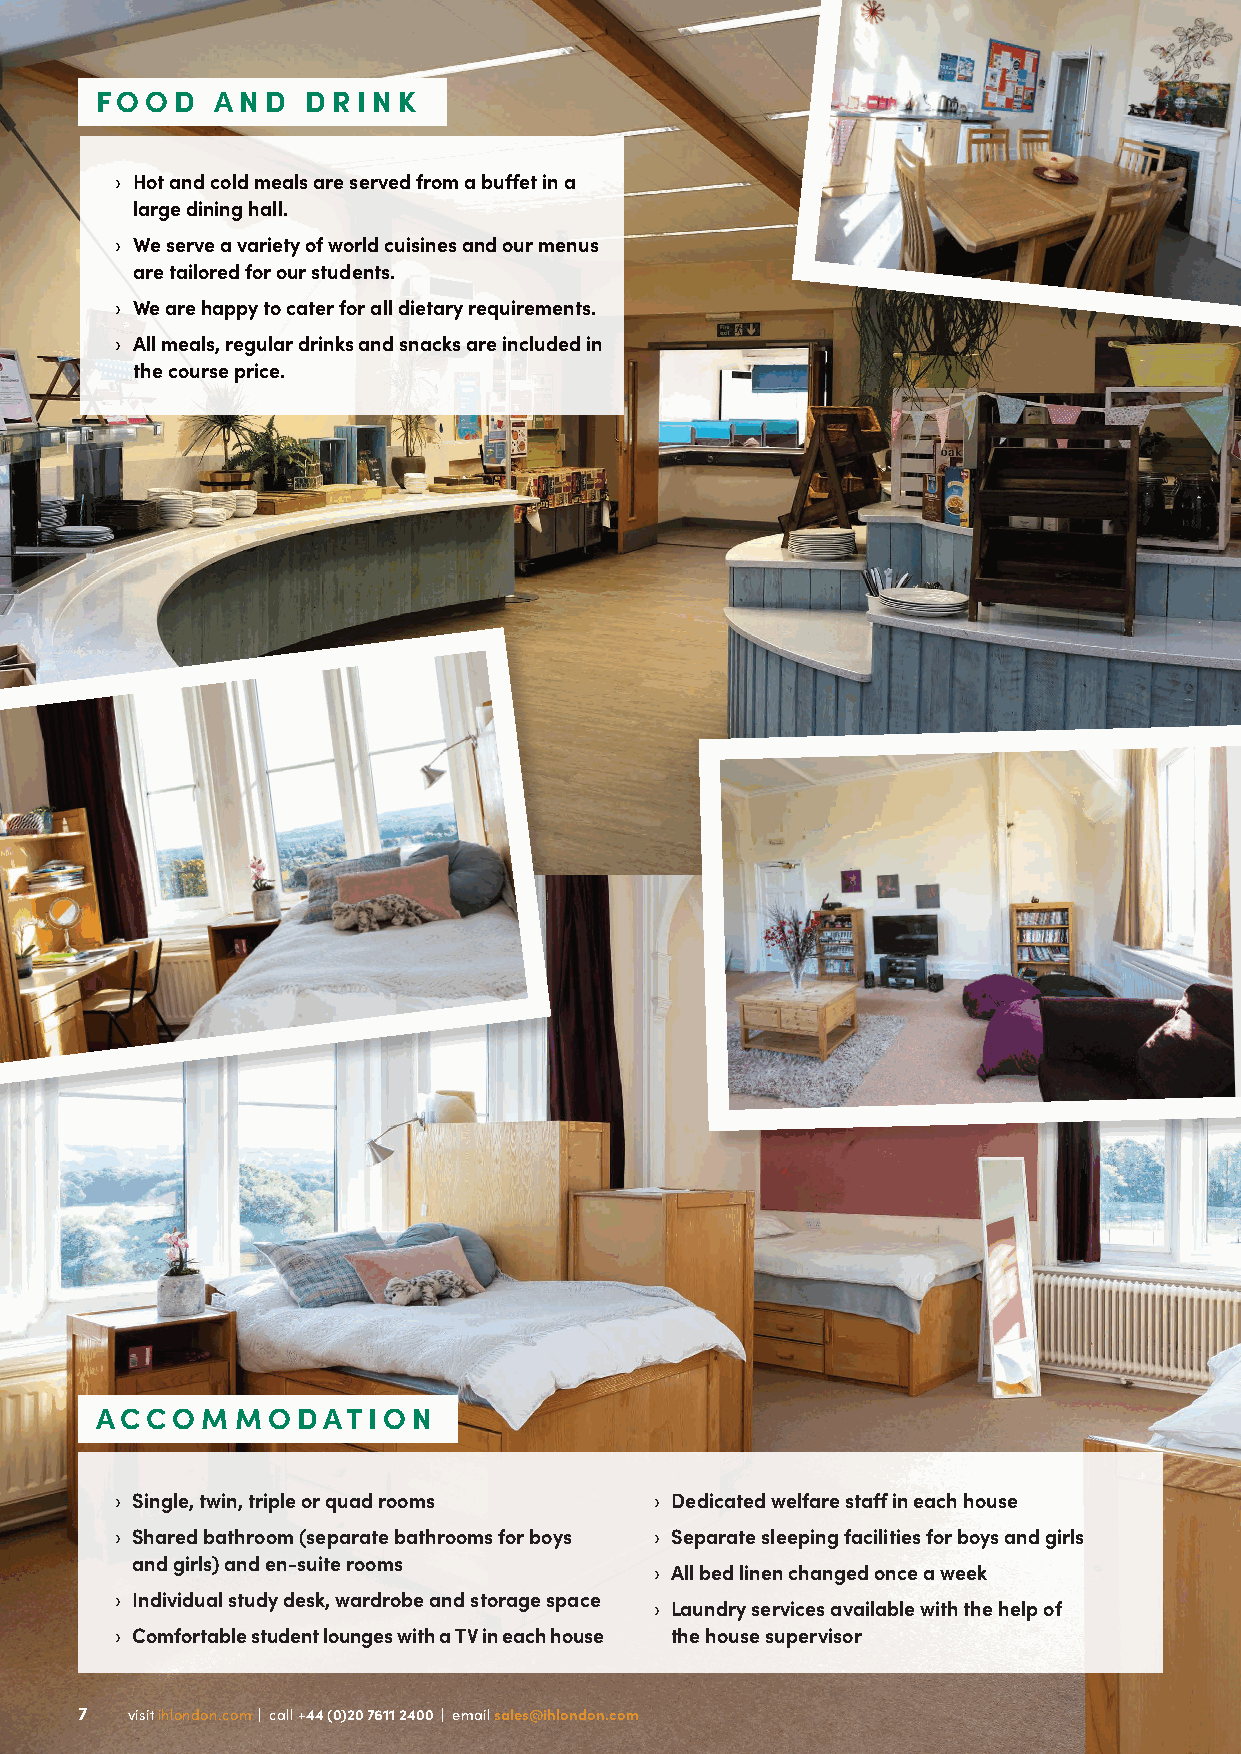
FOOD    AND   DRINK
 › Hot and cold meals are served from a buffet in a
 large dining hall.
 › We serve a variety of world cuisines and our menus
 are tailored for our students.
 › We are happy to cater for all dietary requirements.
 › All meals, regular drinks and snacks are included in
 the course price.
 ACCOMMODATION
 › Single, twin, triple or quad rooms › Dedicated welfare staff in each house
 › Shared bathroom (separate bathrooms for boys › Separate sleeping facilities for boys and girls
 and girls) and en-suite rooms
 › All bed linen changed once a week
 › Individual study desk, wardrobe and storage space
 › Laundry services available with the help of
 › Comfortable student lounges with a TV in each house the house supervisor
 77 vviissiitt iihhlloonnddoonn..ccoomm || ccaallll ++4444 ((00))2200 77661111 22440000 || eemmaaiill ssaalleess@@iihhlloonnddoonn..ccoomm